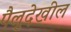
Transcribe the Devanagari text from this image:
पैलूदेखील